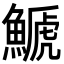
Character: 𩺛